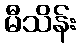
မီသိန်း